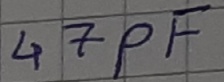
Text: 47pF